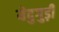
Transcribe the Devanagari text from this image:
येदुगुड़ी